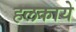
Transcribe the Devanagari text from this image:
हलकाये